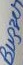
Text: Buzzer